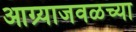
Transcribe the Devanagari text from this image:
आग्र्याजवळच्या